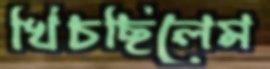
খিঁচছিলেম